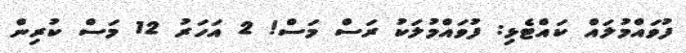
ފުވައްމުލައް ކައްޓެޅި: ފުވައްމުލަކު ރަސް މަސް! 2 އަހަރު 12 މަސް ކުރިން